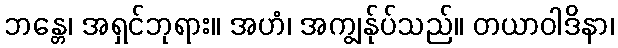
ဘန္တေ၊ အရှင်ဘုရား။ အဟံ၊ အကျွန်ုပ်သည်။ တယာဝါဒိနာ၊